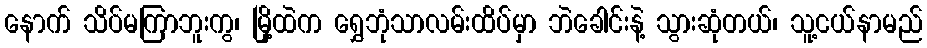
နောက် သိပ်မကြာဘူးကွ၊ မြို့ထဲက ရွှေဘုံသာလမ်းထိပ်မှာ ဘဲခေါင်းနဲ့ သွားဆုံတယ်၊ သူ့ငယ်နာမည်